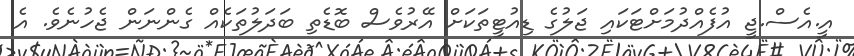
އީ.އެސް.ޖީ އުފެއްދުމަށްޓަކައި ޖަލުގެ ޑިއުޓީތަކަށް އޭރުވެސް ބޮޑެތި ބަދަލުތަކެއް ގެންނަން ޖެހުނެވެ. އެ